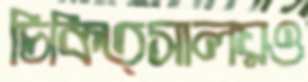
চিকিত্সালয়ও